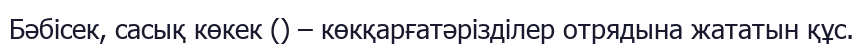
Бәбісек, сасық көкек () – көкқарғатәрізділер отрядына жататын құс.